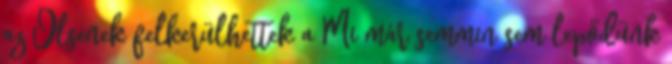
az Olsenek felkerülhettek a Mi már semmin sem lepődünk